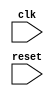
module PIPE_MEM_WB
(
	input clk,
	input reset
    
);


always @(negedge reset or posedge clk)
	begin
		if (reset == 0)
			begin
				
			end
		else
			begin
				
			end
	end

endmodule